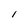
Character: l